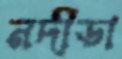
নদীডা